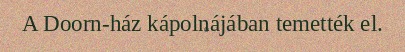
A Doorn-ház kápolnájában temették el.